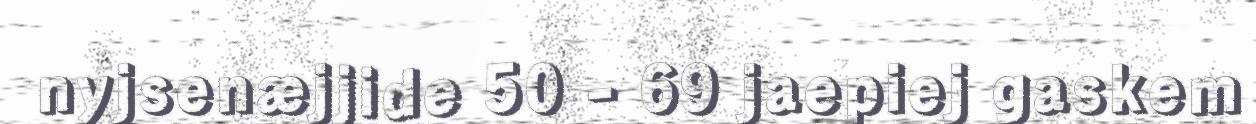
nyjsenæjjide 50 - 69 jaepiej gaskem